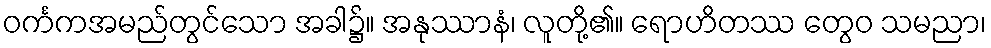
ဝင်္ကကအမည်တွင်သော အခါ၌။ အနုဿာနံ၊ လူတို့၏။ ရောဟိတဿ တွေဝ သမညာ၊